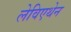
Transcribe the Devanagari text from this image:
लेविएथेन